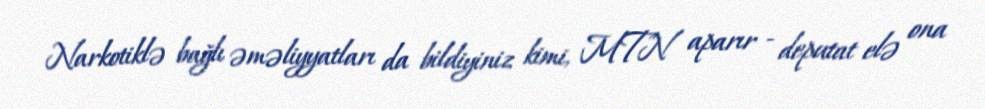
Narkotiklə bağlı əməliyyatları da bildiyiniz kimi, MTN aparır - deputat elə ona